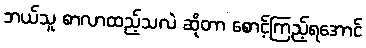
ဘယ်သူ စာလာထည့်သလဲ ဆိုတာ စောင့်ကြည့်ရအောင်